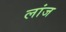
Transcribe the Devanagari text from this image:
लांज